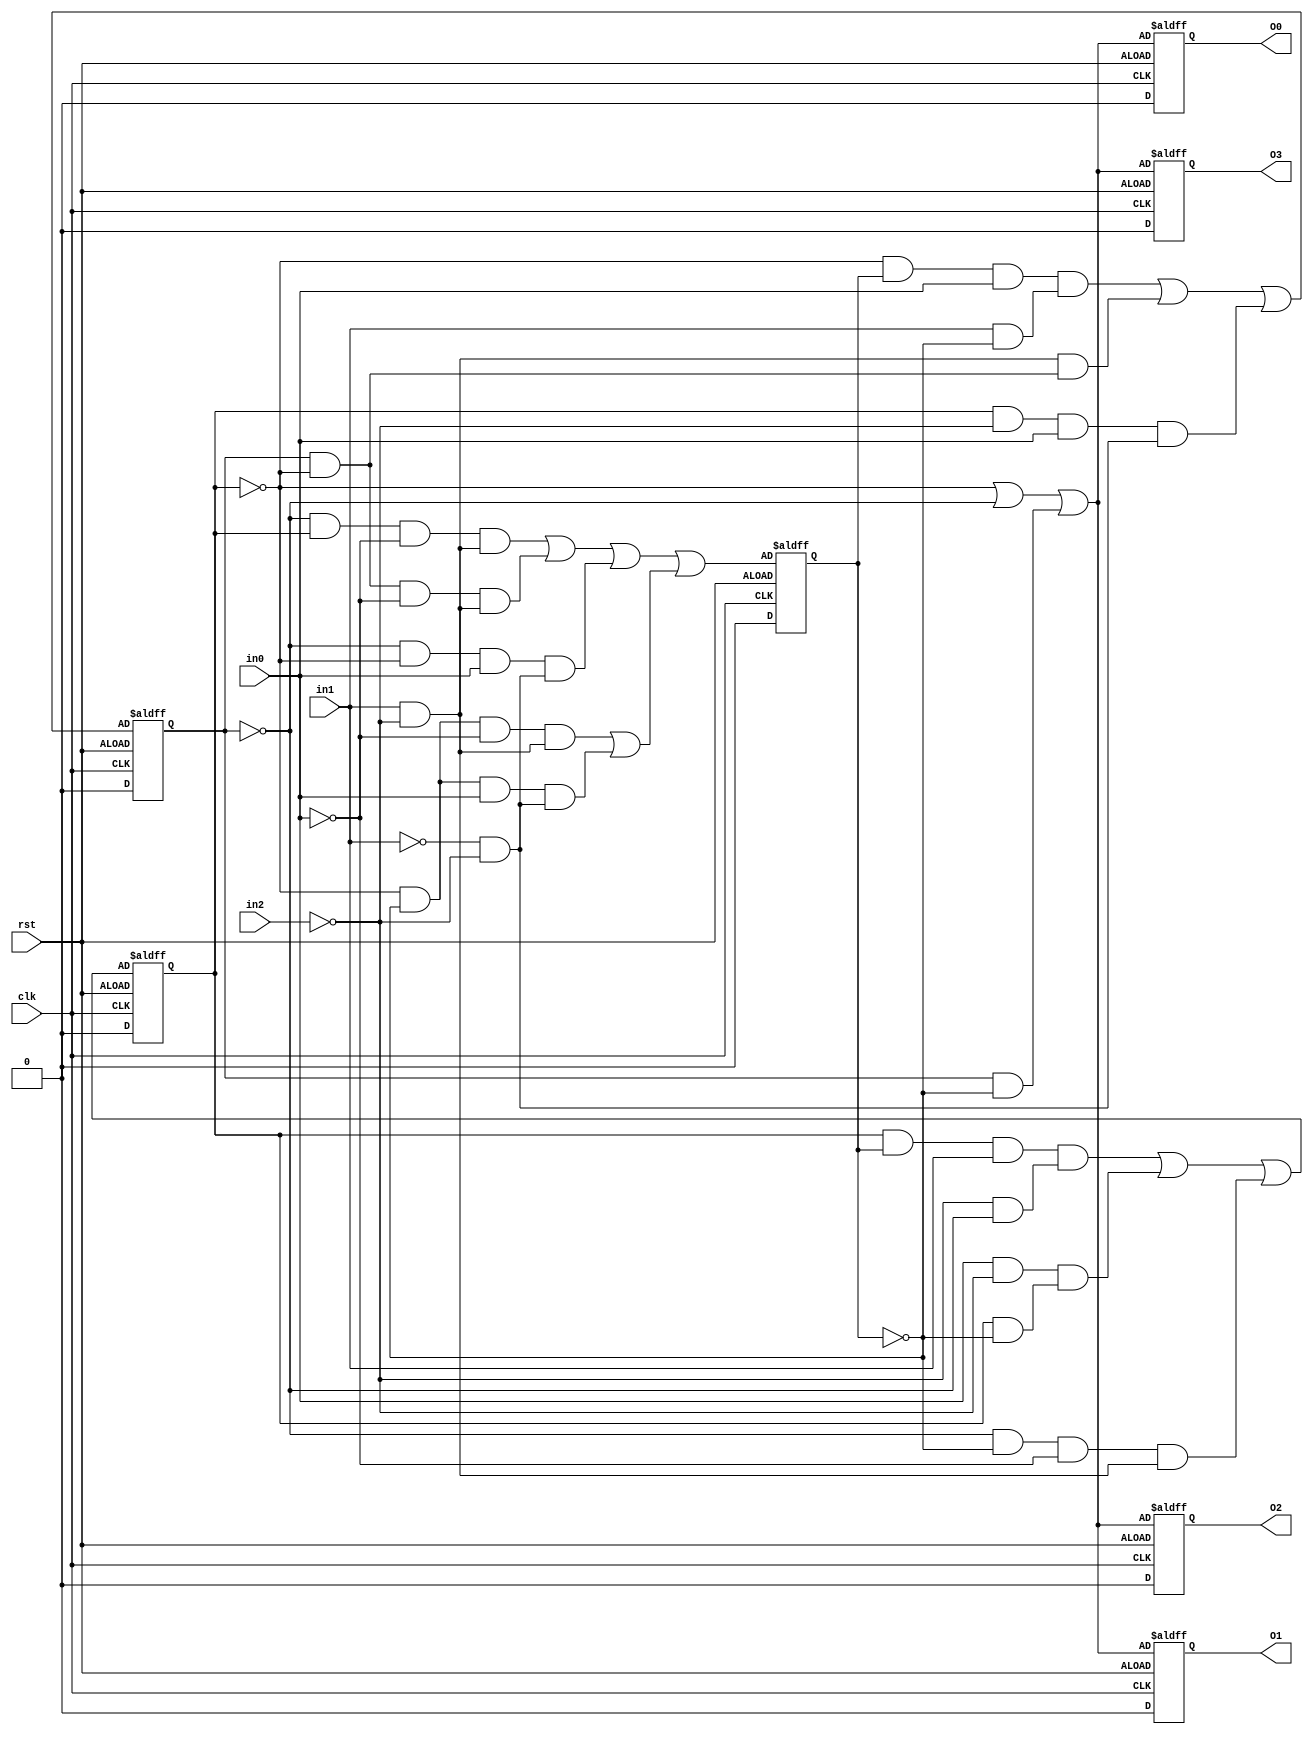
//num of or = 17
//num of and = 47
//num of not = 46
//num of wire = 108
module c1126 (in0,in1,in2,O0,O1,O2,O3,clk,rst);

input in0,in1,in2,clk,rst;

output O0,O1,O2,O3;

wire in0,in1,in2,N0,N1,N2,N3,N4,N5,N6,N7,N8,
N9,N10,N11,N12,N13,N14,N15,N16,N17,N18,
N19,N20,N21,N22,N23,N24,N25,N26,N27,N28,
N29,N30,N31,N32,N33,N34,N35,N36,N37,N38,
N39,N40,N41,N42,N43,N44,N45,N46,N47,N48,
N49,N50,N51,N52,N53,N54,N55,N56,N57,N58,
N59,N60,N61,N62,N63,N64,N65,N66,N67,N68,
N69,N70,N71,N72,N73,N74,N75,N76,N77,N78,
N79,N80,N81,N82,N83,N84,N85,N86,N87,N88,
N89,N90,N91,N92,N93,N94,N95,N96,N97,N98,
N99,N100,N101,N102,N103,N104,N105,N106,clk,rst;

reg R0,R1,R2,O0,O1,O2,O3;

always@(posedge clk or negedge rst)
 if(!rst)
   R0 <= N0;
   else
   R0= 1'b0;

always@(posedge clk or negedge rst)
 if(!rst)
   R1 <= N20;
   else
   R1= 1'b0;

always@(posedge clk or negedge rst)
 if(!rst)
   R2 <= N41;
   else
   R2= 1'b0;

always@(posedge clk or negedge rst)
  if(!rst)
   O0 <= N83;
  else
       O0=1'b0;
always@(posedge clk or negedge rst)
  if(!rst)
   O1 <= N89;
  else
       O1=1'b0;
always@(posedge clk or negedge rst)
  if(!rst)
   O2 <= N95;
  else
       O2=1'b0;
always@(posedge clk or negedge rst)
  if(!rst)
   O3 <= N101;
  else
       O3=1'b0;

and and0(N2,N3,N4);
and and4(N9,N10,N11);
and and8(N15,N16,N17);
and and1(N3,N5,in0);
and and2(N4,N6,N7);
and and5(N10,N12,in0);
and and6(N11,in1,N13);
and and9(N16,in1,N18);
and and10(N17,R0,N19);
and and3(N5,R1,N8);
and and7(N12,N14,R2);
and and11(N22,N23,N24);
and and15(N30,N31,N32);
and and19(N36,N37,N38);
and and12(N23,N25,N26);
and and13(N24,in1,N27);
and and16(N31,N33,in1);
and and17(N32,N34,N35);
and and20(N37,in0,N39);
and and21(N38,R1,N40);
and and14(N25,N28,N29);
and and18(N33,R1,R2);
and and22(N45,N46,N47);
and and26(N53,N54,N55);
and and30(N61,N62,N63);
and and34(N69,N70,N71);
and and38(N76,N77,N78);
and and23(N46,N48,in0);
and and24(N47,N49,N50);
and and27(N54,N56,N57);
and and28(N55,in1,N58);
and and31(N62,N64,in0);
and and32(N63,N65,N66);
and and35(N70,N72,N73);
and and36(N71,in1,N74);
and and39(N77,N79,N80);
and and40(N78,in1,N81);
and and25(N48,N51,N52);
and and29(N56,N59,N60);
and and33(N64,N67,N68);
and and37(N72,N75,R1);
and and41(N79,R0,N82);
and and42(N85,R0,N86);
and and43(N91,R0,N92);
and and44(N97,R0,N98);
and and45(N103,R0,N104);

or or0(N0,N1,N2);
or or1(N1,N9,N15);
or or2(N20,N21,N22);
or or3(N21,N30,N36);
or or4(N41,N42,N43);
or or5(N42,N44,N45);
or or6(N43,N53,N61);
or or7(N44,N69,N76);
or or8(N83,N84,N85);
or or9(N84,N87,N88);
or or10(N89,N90,N91);
or or11(N90,N93,N94);
or or12(N95,N96,N97);
or or13(N96,N99,N100);
or or14(N101,N102,N103);
or or15(N102,N105,N106);

not not0(N6,in1);
not not1(N7,in2);
not not2(N13,R2);
not not3(N18,in2);
not not4(N19,R1);
not not5(N8,in2);
not not6(N14,R1);
not not7(N26,in0);
not not8(N27,in2);
not not9(N34,in2);
not not10(N35,R0);
not not11(N39,in2);
not not12(N40,R2);
not not13(N28,R0);
not not14(N29,R2);
not not15(N49,in1);
not not16(N50,in2);
not not17(N57,in0);
not not18(N58,in2);
not not19(N65,in1);
not not20(N66,in2);
not not21(N73,in0);
not not22(N74,in2);
not not23(N80,in0);
not not24(N81,in2);
not not25(N51,R0);
not not26(N52,R1);
not not27(N59,R1);
not not28(N60,R2);
not not29(N67,R1);
not not30(N68,R2);
not not31(N75,R0);
not not32(N82,R1);
not not33(N87,R1);
not not34(N88,R0);
not not35(N86,R2);
not not36(N93,R1);
not not37(N94,R0);
not not38(N92,R2);
not not39(N99,R1);
not not40(N100,R0);
not not41(N98,R2);
not not42(N105,R1);
not not43(N106,R0);
not not44(N104,R2);

endmodule